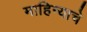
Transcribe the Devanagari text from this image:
माहिन्याचे